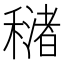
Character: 𥢳